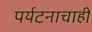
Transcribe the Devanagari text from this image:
पर्यटनाचाही